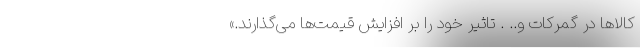
کالا‌ها در گمرکات و.. . تاثیر خود را بر افزایش قیمت‌ها می‌گذارند.»